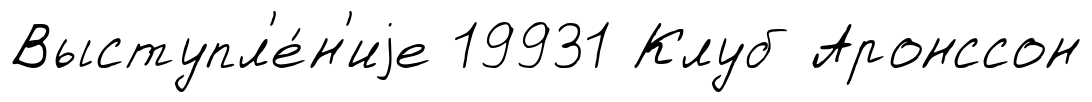
Выступл'е́н'иjе 19931 Клуб Аронссон